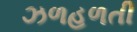
ઝળહળતી